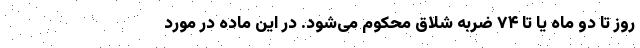
روز تا دو ماه یا تا ۷۴ ضربه شلاق محکوم می‌شود. در این ماده در مورد